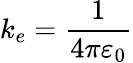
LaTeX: k_{e}={\frac{1}{4\pi\varepsilon_{0}}}